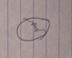
Signature authenticity: forged